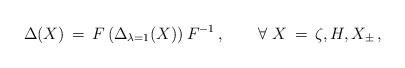
LaTeX: \begin{align*}\Delta (X)\,=\,F\left( \Delta _{\lambda =1}(X) \right)F^{-1}\,, \qquad\forall \,\,X\,=\,\zeta ,H,X_\pm \,,\end{align*}